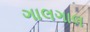
ગાલગાલ